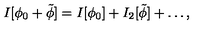
I [ \phi _ { 0 } + \tilde { \phi } ] = I [ \phi _ { 0 } ] + I _ { 2 } [ \tilde { \phi } ] + \ldots ,